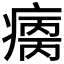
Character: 𰣺